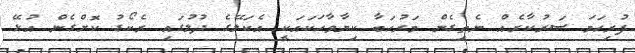
ފުރިހަމަ ސަރުކާރެއް ނެތިގެން މަރުހަބާ ކިޔާވާހަކައަކީ އެކަލޭގެ ދުލުގައި ރެކޯޑު ކޮށްގެން އުޅޭ